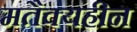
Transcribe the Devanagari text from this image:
मतैक्यहीन